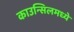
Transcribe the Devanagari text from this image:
काउन्सिलमध्ये